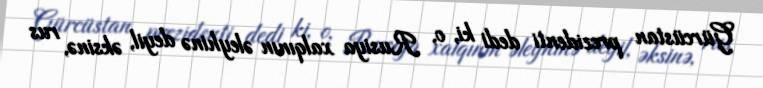
Gürcüstan prezidenti dedi ki, o, Rusiya xalqının əleyhinə deyil, əksinə, rus